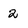
Character: 2